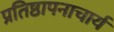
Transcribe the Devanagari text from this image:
प्रतिष्ठापनाचार्य